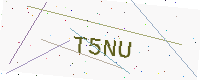
Text: T5NU